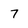
Character: 7